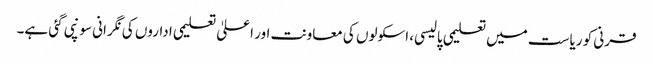
قرنی کو ریاست میں تعلیمی پالیسی، اسکولوں کی معاونت اور اعلیٰ تعلیمی اداروں کی نگرانی سونپی گئی ہے۔